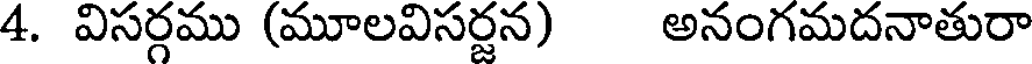
4. విసర్గము (మూలవిసర్జన) అనంగమదనాతురా